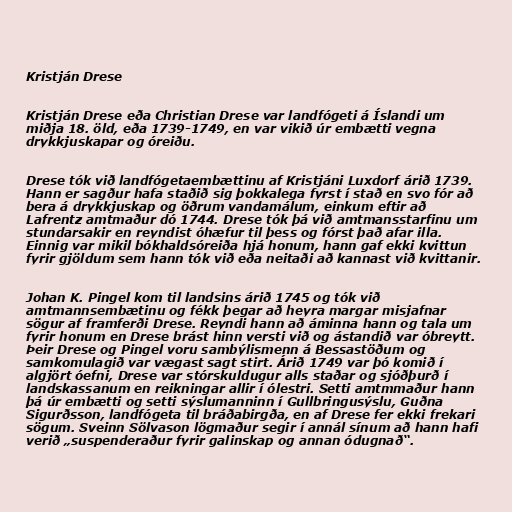
Kristján Drese

Kristján Drese eða Christian Drese var landfógeti á Íslandi um
miðja 18. öld, eða 1739-1749, en var vikið úr embætti vegna
drykkjuskapar og óreiðu.

Drese tók við landfógetaembættinu af Kristjáni Luxdorf árið 1739.
Hann er sagður hafa staðið sig þokkalega fyrst í stað en svo fór að
bera á drykkjuskap og öðrum vandamálum, einkum eftir að
Lafrentz amtmaður dó 1744. Drese tók þá við amtmansstarfinu um
stundarsakir en reyndist óhæfur til þess og fórst það afar illa.
Einnig var mikil bókhaldsóreiða hjá honum, hann gaf ekki kvittun
fyrir gjöldum sem hann tók við eða neitaði að kannast við kvittanir.

Johan K. Pingel kom til landsins árið 1745 og tók við
amtmannsembætinu og fékk þegar að heyra margar misjafnar
sögur af framferði Drese. Reyndi hann að áminna hann og tala um
fyrir honum en Drese brást hinn versti við og ástandið var óbreytt.
Þeir Drese og Pingel voru sambýlismenn á Bessastöðum og
samkomulagið var vægast sagt stirt. Árið 1749 var þó komið í
algjört óefni, Drese var stórskuldugur alls staðar og sjóðþurð í
landskassanum en reikningar allir í ólestri. Setti amtmmaður hann
þá úr embætti og setti sýslumanninn í Gullbringusýslu, Guðna
Sigurðsson, landfógeta til bráðabirgða, en af Drese fer ekki frekari
sögum. Sveinn Sölvason lögmaður segir í annál sínum að hann hafi
verið „suspenderaður fyrir galinskap og annan ódugnað“.